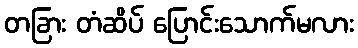
တခြား တံဆိပ် ပြောင်းသောက်မလား